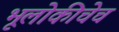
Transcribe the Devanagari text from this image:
भूलोकीचेच